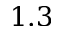
1 . 3